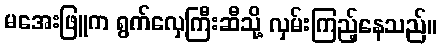
မအေးဖြူက ရွက်လှေကြီးဆီသို့ လှမ်းကြည့်နေသည်။